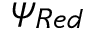
\psi _ { R e d }